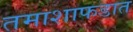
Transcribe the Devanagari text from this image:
तमाशाफडात